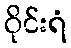
ဝိုင်းရံ